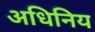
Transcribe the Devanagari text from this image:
अधिनिय